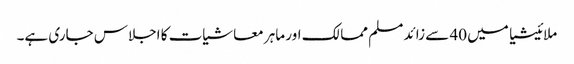
ملائیشیا میں 40 سے زائد مسلم ممالک اور ماہر معاشیات کا اجلاس جاری ہے۔